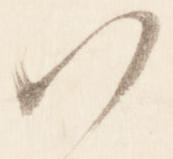
ハ